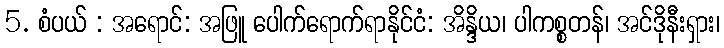
5. စံပယ် : အရောင်: အဖြူ ပေါက်ရောက်ရာနိုင်ငံ: အိန္ဒိယ၊ ပါကစ္စတန်၊ အင်ဒိုနီးရှား၊